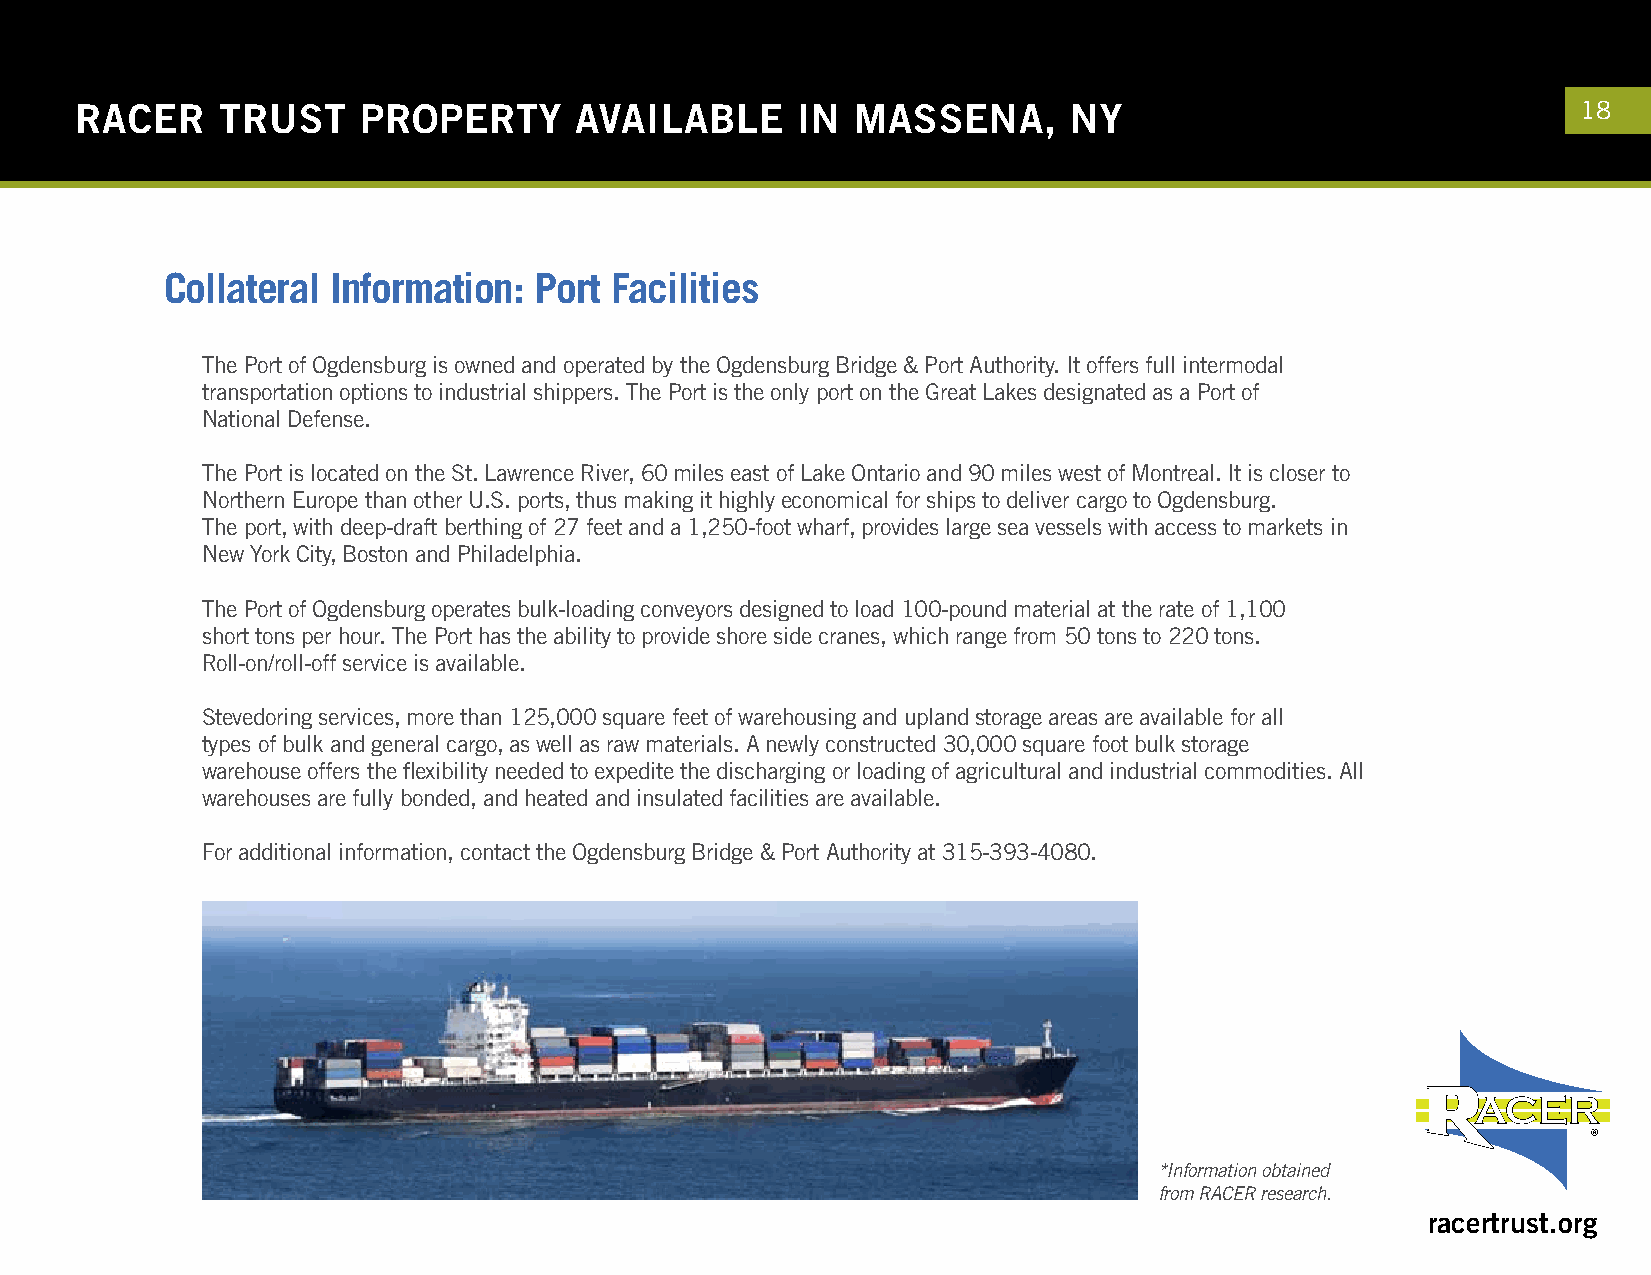
RACER    TRUST     PROPERTY      AVAILABLE      IN  MASSENA,      NY                                18
 Collateral Information: Port Facilities
 The Port of Ogdensburg is owned and operated by the Ogdensburg Bridge & Port Authority. It offers full intermodal
 transportation options to industrial shippers. The Port is the only port on the Great Lakes designated as a Port of
 National Defense.
 The Port is located on the St. Lawrence River, 60 miles east of Lake Ontario and 90 miles west of Montreal. It is closer to
 Northern Europe than other U.S. ports, thus making it highly economical for ships to deliver cargo to Ogdensburg.
 The port, with deep-draft berthing of 27 feet and a 1,250-foot wharf, provides large sea vessels with access to markets in
 New York City, Boston and Philadelphia.
 The Port of Ogdensburg operates bulk-loading conveyors designed to load 100-pound material at the rate of 1,100
 short tons per hour. The Port has the ability to provide shore side cranes, which range from 50 tons to 220 tons.
 Roll-on/roll-off service is available.
 Stevedoring services, more than 125,000 square feet of warehousing and upland storage areas are available for all
 types of bulk and general cargo, as well as raw materials. A newly constructed 30,000 square foot bulk storage
 warehouse offers the flexibility needed to expedite the discharging or loading of agricultural and industrial commodities. All
 warehouses are fully bonded, and heated and insulated facilities are available.
 For additional information, contact the Ogdensburg Bridge & Port Authority at 315-393-4080.
 *Information obtained
 from RACER research.
 racertrust.org